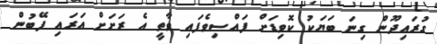
ގުރައިދޫން ގިނަ ބަޔަކު ކޮވިޑަށް ފައްސިވެފައި ވާތީ އެ ރަށަށް އަރައި ފޭބުން